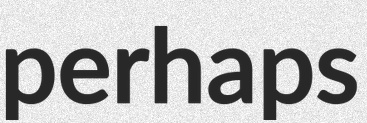
perhaps